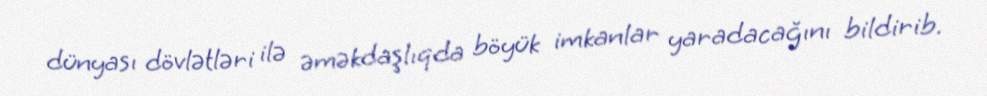
dünyası dövlətləri ilə əməkdaşlıqda böyük imkanlar yaradacağını bildirib.